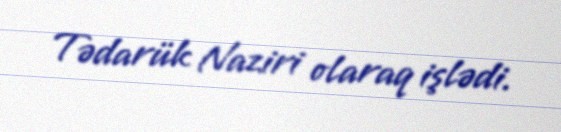
Tədarük Naziri olaraq işlədi.